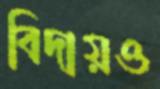
বিদায়ও